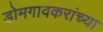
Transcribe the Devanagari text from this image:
डोमगावकरांच्या